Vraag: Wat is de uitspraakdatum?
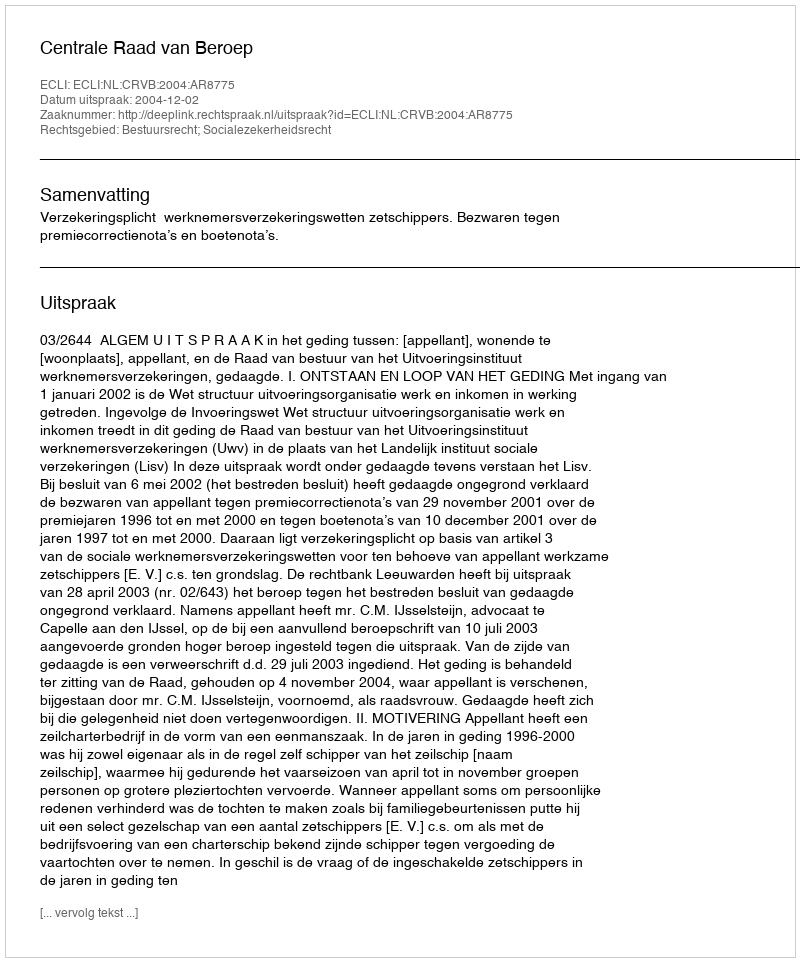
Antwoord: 2004-12-02